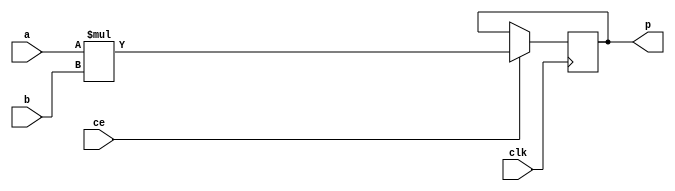

module myproject_mul_16s_12ns_26_2_0_MulnS_0(clk, ce, a, b, p);
input clk;
input ce;
input  [16 - 1 : 0] a;
input [12 - 1 : 0] b;
output[26 - 1 : 0] p;
reg  [26 - 1 : 0] p;
wire  [26 - 1 : 0] tmp_product;

assign tmp_product = (a) * ({1'b0, b});
always @ (posedge clk) begin
    if (ce) begin
        p <= tmp_product;
    end
end
endmodule